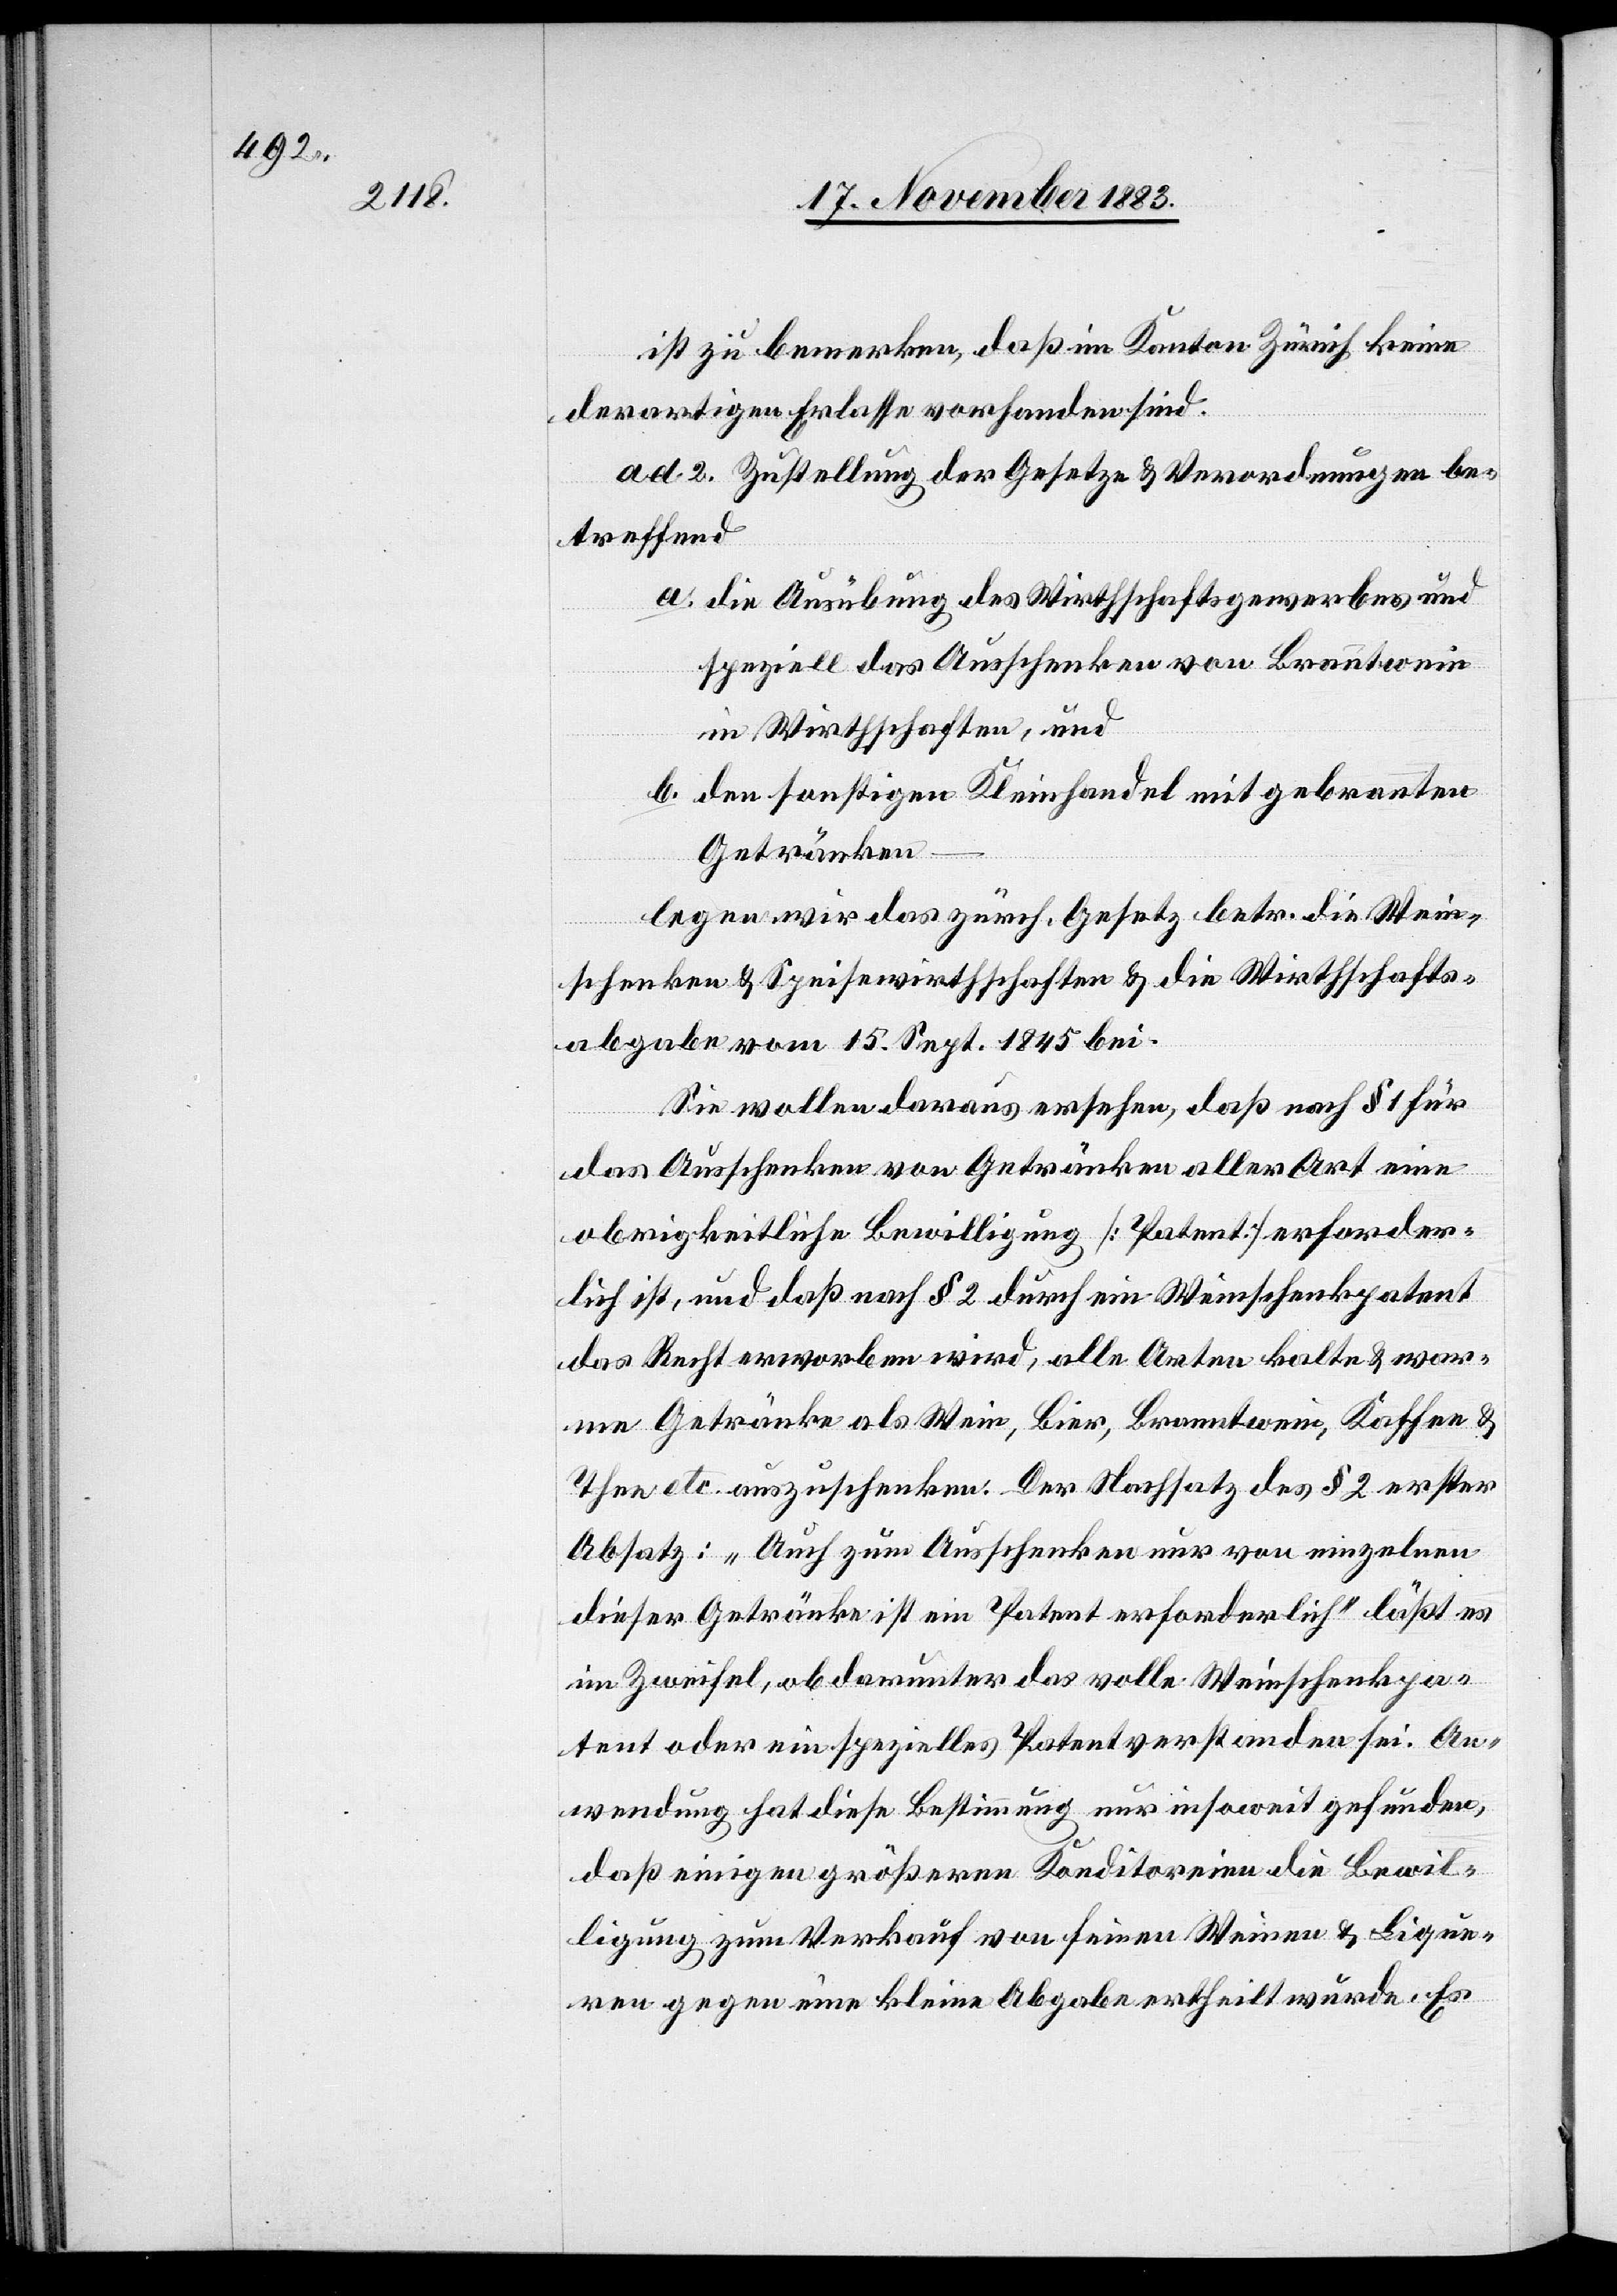
ist zu bemerken, daß im Kanton Zürich keine
derartigen Erlasse vorhanden sind.
ad 2. Zustellung der Gesetze & Verordnungen be¬
treffend
ren
a. die Ausübung des Wirthschaftsgewerbes und
speziell das Ausschenken von Branntwein
in Wirthschaften, und
b. den sonstigen Kleinhandel mit gebrannten
Getränken
legen wir das zürch. Gesetz betr. die Wein¬
schenken & Speisewirthschaften & die Wirthschafts¬
abgabe vom 15. Sept. 1845 bei.
Sie wollen daraus ersehen, daß nach § 1 für
das Ausschenken von Getränken aller Art eine
obrigkeitliche Bewilligung [Patent] erforder¬
lich ist, und daß nach § 2 durch ein Weinschenkpatent
das Recht erworben wird, alle Arten kalte & war¬
me Getränke als Wein, Bier, Branntwein, Kaffee &
Thee etc. auszuschenken. Der Nachsatz des § 2 erster
Absatz: „Auch zum Ausschenken nur von einzelnen
dieser Getränke ist ein Patent erforderlich“ läßt es
im Zweifel, ob darunter das volle Weinschenkpa¬
tent oder ein spezielles Patent verstanden sei. An¬
wendung hat diese Bestimmung nur insoweit gefunden,
daß einigen größeren Konditoreien die Bewil¬
ligung zum Verkauf von feinen Weinen & Lique¬
gegen eine kleine Abgabe ertheilt wurde. Es